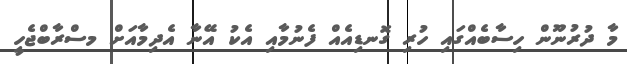
މާ ދުރުނޫން ހިސާބެއްގައި ހުރި ގޮނޑިއެއް ފެނުމާއި އެކު އޭނާ އެދިމާއަށް މސްރާބްޖެހީ